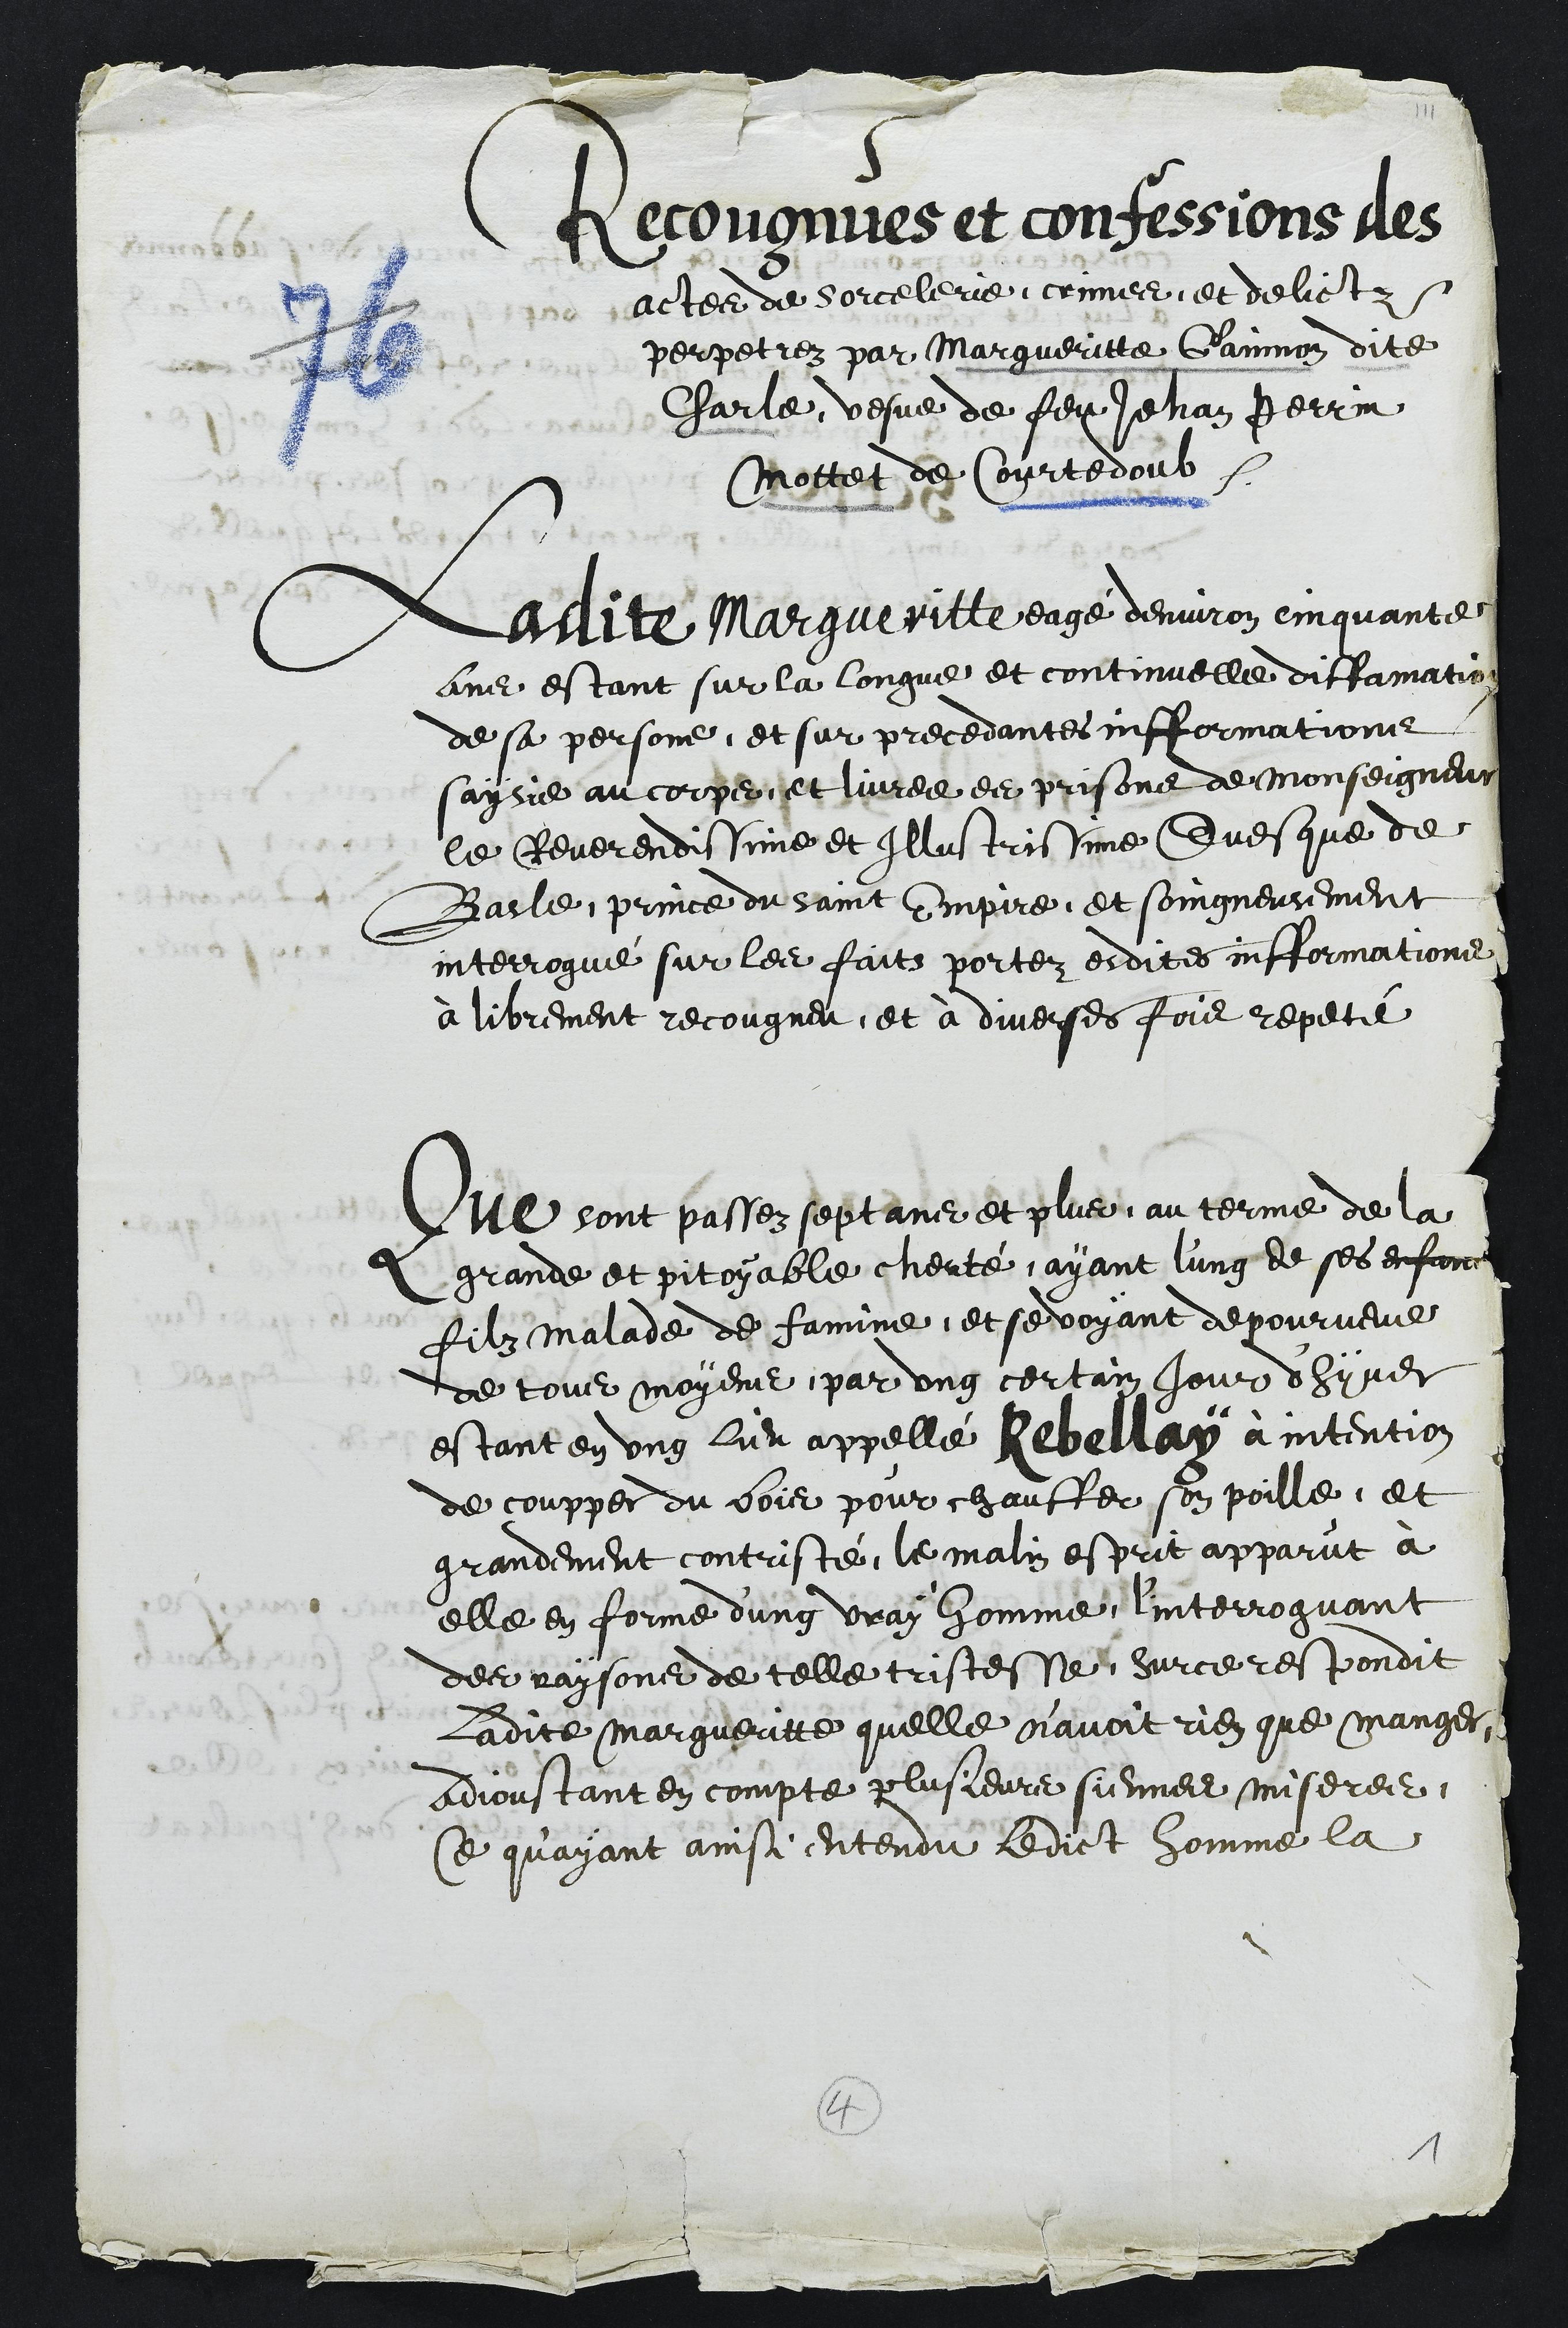
Recougnues et confessions des
actes de sorcelerie, crimes et delictz
perpetrez par Margueritte Gainnon dite
Charle vesve de feu Jehan Perrin
Mottet de Courtedoub
Ladite Margueritte eagé denviron cinquante
ans estant sur la longue et continuelle diffamation
de sa personne, et sur precedantes infformations
saisie au corps et livree es prisons de monseigneur
le Reverendissime et Illustrissime Evesque de
Basle, prince du saint Empire, et soingneusement
interrogué sur les faits portez esdites infformations
a librement recougneu et a diverses fois repeté
Que sont passez sept ans et plus, au terme de la
grande et pitoyable cherté, ayant l'ung de ses enfant
filz malade de famine, et se voyant depourveue
de tous moyens, par ung certain jour d'hyver
estant en ung lieu appellé Rebellay à intention
de coupper du bois pour chauffer son poille et
grandement contristé, le malin esprit apparut à
elle en forme d'ung vray homme l'interroguant
des raysons de telle tristesse, sur ce respondit
ladite Margueritte quelle n'avoit rien que manger
adjoustant en compte plusieurs siennes miseres.
Ce qu’ayant ainsi entendu ledict homme la
4
1